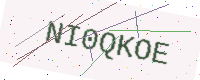
Text: NI0QKOE